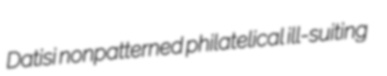
Datisi nonpatterned philatelical ill-suiting